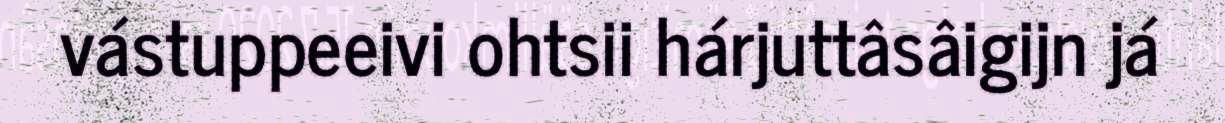
vástuppeeivi ohtsii hárjuttâsâigijn já